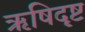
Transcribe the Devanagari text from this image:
ऋषिदृष्ट